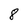
Character: 8